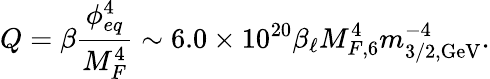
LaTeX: Q=\beta\frac{\phi_{eq}^{4}}{M_{F}^{4}}\sim 6.0\times 10^{20}\beta_{\ell}M_{F,6}^{4}m_{3/2,\mathrm{GeV}}^{-4}.